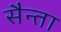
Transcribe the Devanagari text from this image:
सैन्ता